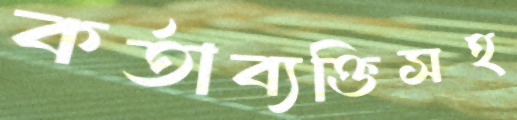
কর্তাব্যক্তিসহ